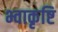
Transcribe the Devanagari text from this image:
भ्वाकृष्टि